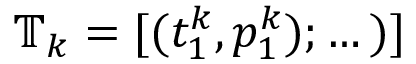
\mathbb { T } _ { k } = [ ( t _ { 1 } ^ { k } , p _ { 1 } ^ { k } ) ; \dots ) ]